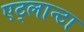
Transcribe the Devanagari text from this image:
एट्लान्टा